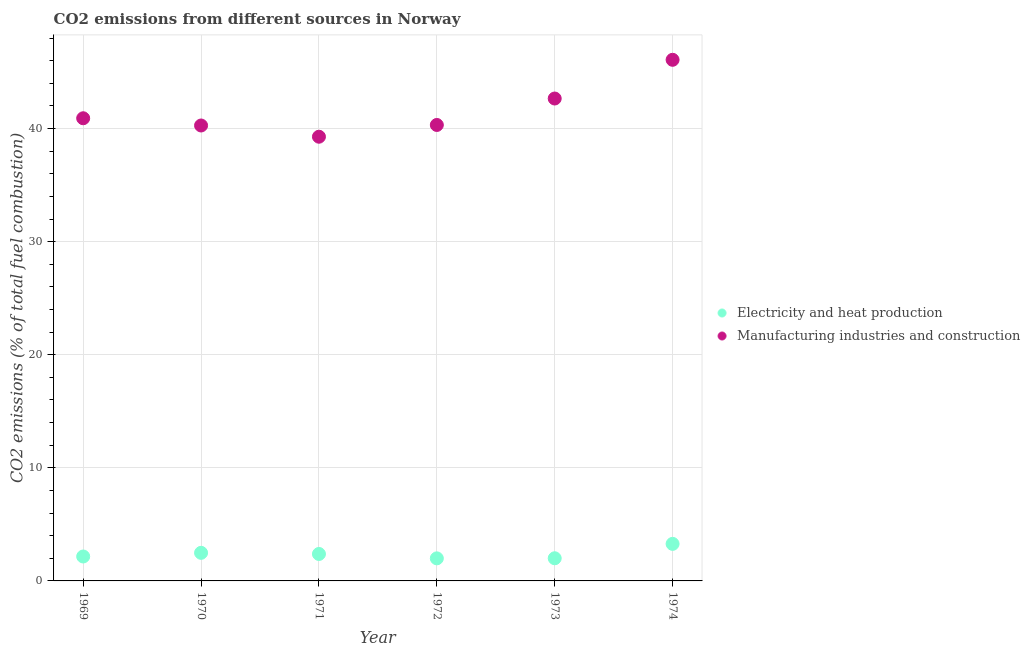
| Year | Electricity and heat production | Manufacturing industries and construction |
 | --- | --- | --- |
 | 1969 | 2.16 | 40.9 |
 | 1970 | 2.48 | 40.3 |
 | 1971 | 2.38 | 39.3 |
 | 1972 | 2 | 40.3 |
 | 1973 | 2 | 42.7 |
 | 1974 | 3.28 | 46.1 |